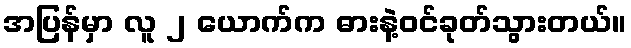
အပြန်မှာ လူ ၂ ယောက်က ဓားနဲ့ဝင်ခုတ်သွားတယ်။